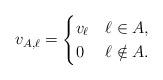
LaTeX: \begin{align*} v_{A, \ell} & = \begin{cases} v_{\ell} & \ell \in A, \\ 0 & \ell \notin A. \end{cases}\end{align*}